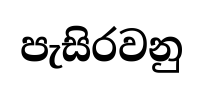
පැසිරවනු